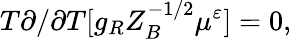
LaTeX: T\partial/\partial T[g_{R}Z_{B}^{-1/2}\mu^{\varepsilon}]=0,